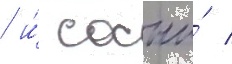
/ и́ сосны́ /